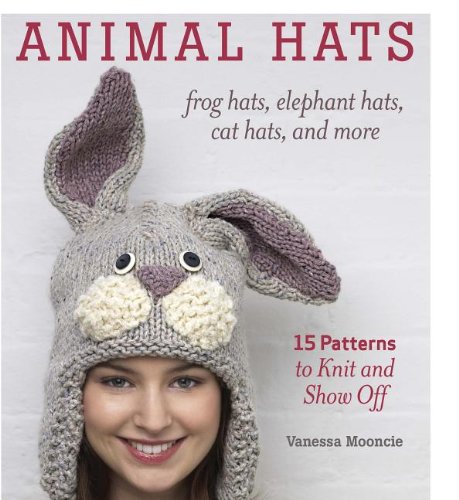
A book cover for Animal Hats: 15 patterns to knit and show off; Vanessa Mooncie; Crafts, Hobbies & Home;